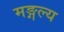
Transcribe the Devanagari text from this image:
मङ्गल्य